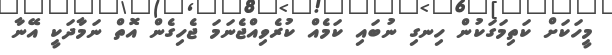
މީހަކަށް ކަތިމަގަކުން ހިނގި ނުބައި ކަމެއް ކުރެވިއްޖެނަމަ ޖެހިގެން އޮތް ނަމާދަކީ އޭނާ